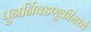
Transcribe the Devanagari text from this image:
पुनर्निवडणुकींमध्ये